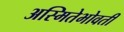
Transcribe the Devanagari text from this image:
अस्मितेभोवती